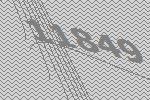
11849